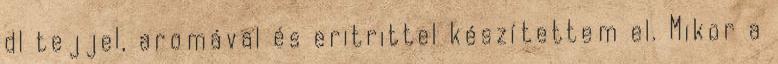
dl tejjel, aromával és eritrittel készítettem el. Mikor a